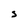
Character: S